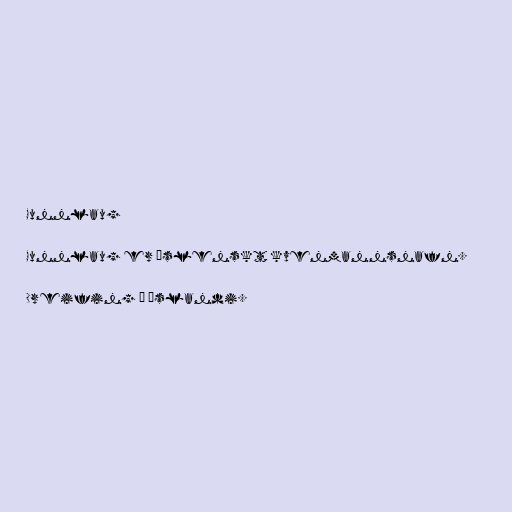
Gunnlaug

Gunnlaug er íslenskt kvenmannsnafn.

Dreifing á Íslandi.